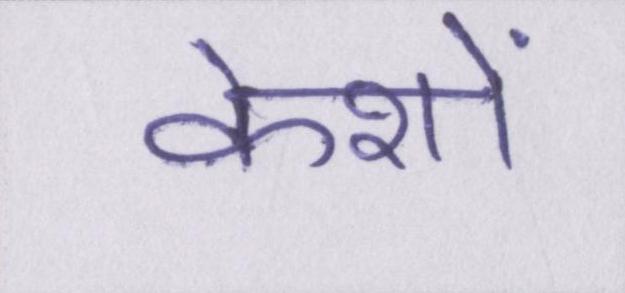
केशों